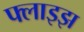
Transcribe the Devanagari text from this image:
फ्लाइझ